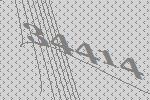
34414